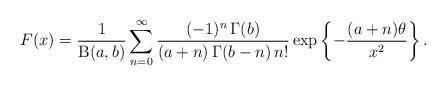
LaTeX: \begin{align*}F(x)=\frac{1}{\operatorname{B}(a,b)}\sum^{\infty}_{n=0}\frac{(-1)^n\,\Gamma(b)}{(a+n)\,\Gamma(b-n)\,n!}\exp\left\{-\frac{(a+n)\theta}{x^2}\right\}.\end{align*}